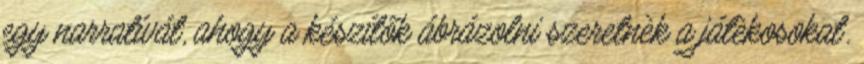
egy narratívát, ahogy a készítők ábrázolni szeretnèk a játèkosokat.